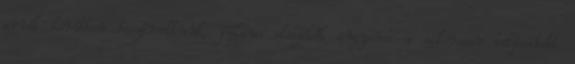
arról korábban beszámoltunk, július elsejétől ingyenes a sikeresen teljesített